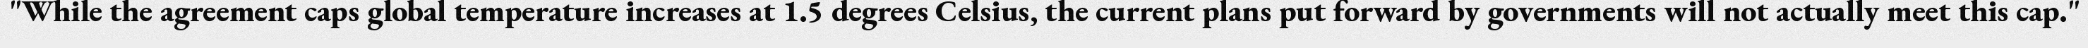
"While the agreement caps global temperature increases at 1.5 degrees Celsius, the current plans put forward by governments will not actually meet this cap."